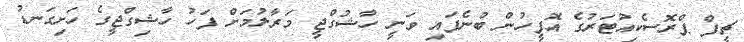
ޗީފް ޕްރޮސެކިއުޓަރުގެ އޮފީހުން ބުނެފައި ވަނީ ހާޝުގްޖީ މަރާލުމަށް ފަހު ހާޝިގްޖީގެ ހަށިގަނޑު